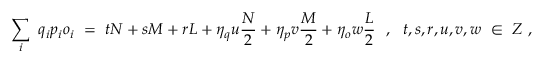
\sum _ { i } \ q _ { i } p _ { i } o _ { i } \ = \ t N + s M + r L + \eta _ { q } u \frac { N } { 2 } + \eta _ { p } v \frac { M } { 2 } + \eta _ { o } w \frac { L } { 2 } \ \ , \ \ t , s , r , u , v , w \ \in \ Z \ ,